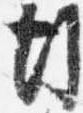
行